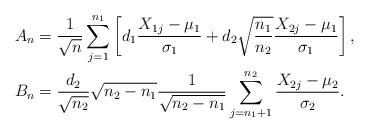
LaTeX: \begin{align*}&A_n=\frac{1}{\sqrt{n}}\sum_{j=1}^{n_1}\left[d_1\frac{X_{1j}-\mu_1}{\sigma_1}+d_2\sqrt{\frac{n_1}{n_2}}\frac{X_{2j}-\mu_1}{\sigma_1}\right],\\&B_n= \frac{d_2}{\sqrt{n_2}}\sqrt{n_2-n_1}\frac{1}{\sqrt{n_2-n_1}}\sum_{j=n_1+1}^{n_2}\frac{X_{2j}-\mu_2}{\sigma_2}.\end{align*}